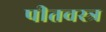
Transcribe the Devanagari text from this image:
पीतवस्त्र